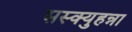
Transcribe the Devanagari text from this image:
सस्क्युहन्ना